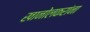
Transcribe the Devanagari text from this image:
खानोलकरांना